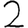
Digit: 2